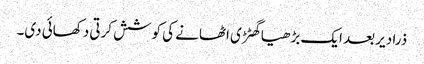
ذرا دیر بعد ایک بڑھیا گھٹڑی اٹھانے کی کوشش کرتی دکھائی دی۔